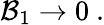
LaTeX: {\cal B}_{1}\rightarrow 0\ .